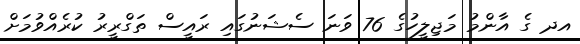
އދ ގެ އާންމު މަޖިލީހުގެ 76 ވަނަ ސެޝަނުގައި ރައީސް ތަގްރީރު ކުރެއްވުމަށް